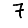
Digit: 7